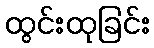
ထွင်းထုခြင်း